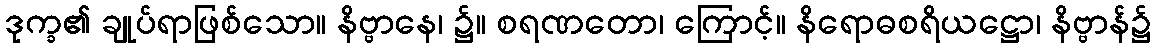
ဒုက္ခ၏ ချုပ်ရာဖြစ်သော။ နိဗ္ဗာနေ၊ ၌။ စရဏတော၊ ကြောင့်။ နိရောဓစရိယဋ္ဌော၊ နိဗ္ဗာန်၌